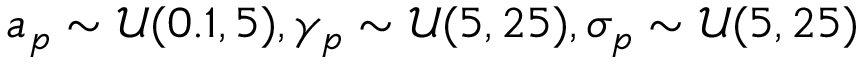
a _ { p } \sim \mathcal { U } ( 0 . 1 , 5 ) , \gamma _ { p } \sim \mathcal { U } ( 5 , 2 5 ) , \sigma _ { p } \sim \mathcal { U } ( 5 , 2 5 )